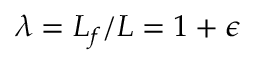
\lambda = L _ { f } / L = 1 + \epsilon